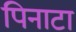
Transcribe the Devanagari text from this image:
पिनाटा